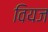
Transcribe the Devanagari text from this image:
वियज